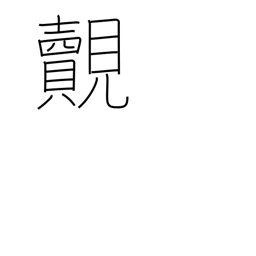
Meaning: meet